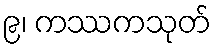
၉၊ ကဿကသုတ်